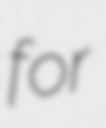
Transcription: for